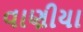
વાણીયા